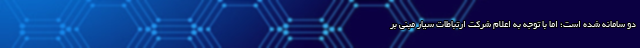
دو سامانه شده است؛ اما با توجه به اعلام شرکت ارتباطات سیار مبنی بر